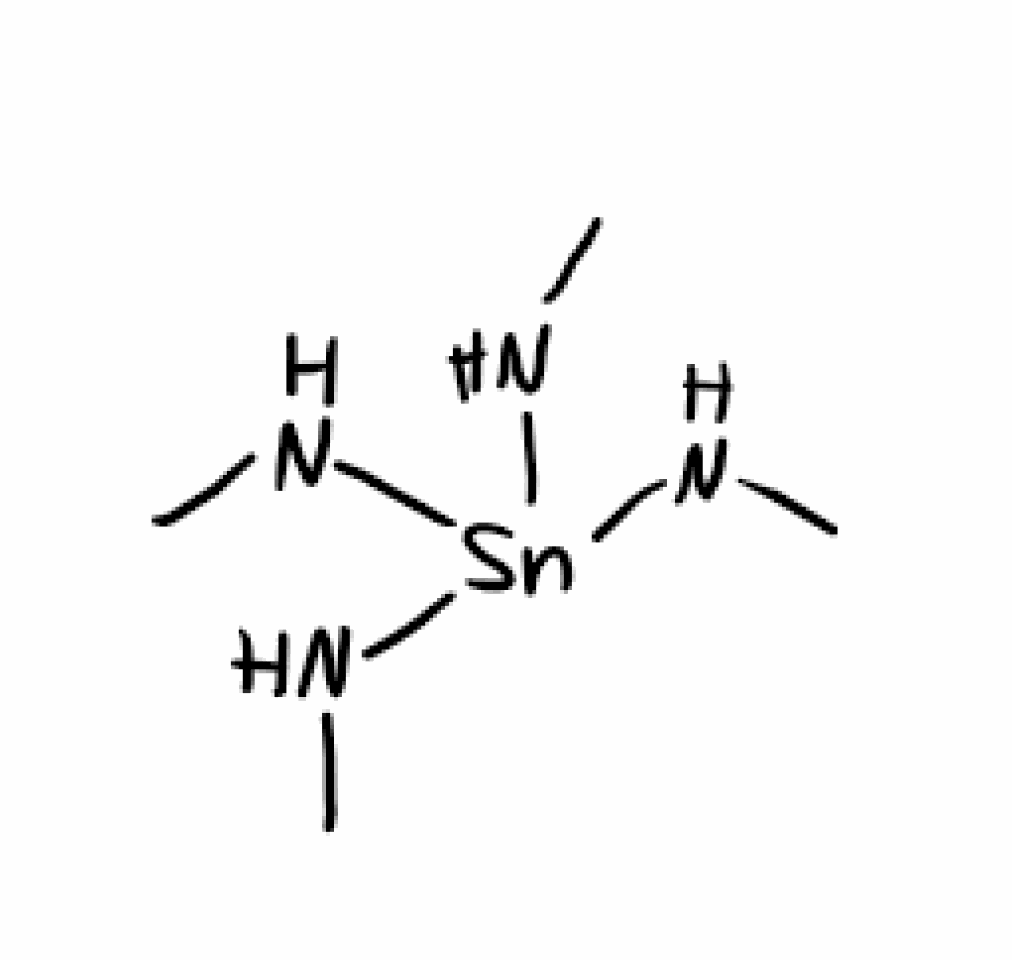
Simplified molecular-input line-entry system (SMILES) notation of the given molecule:
CN[Sn](NC)(NC)NC